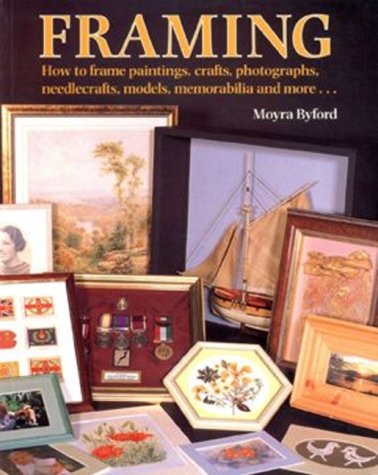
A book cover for Framing; Moyra Byford; Crafts, Hobbies & Home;